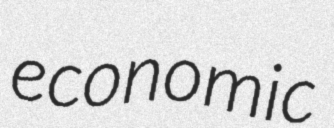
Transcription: economic